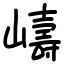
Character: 嶹